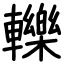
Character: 轢